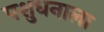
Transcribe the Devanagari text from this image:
पशुधनाला